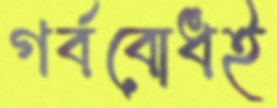
গর্ববোধই